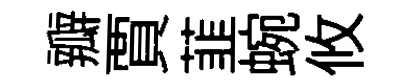
瓣賈韮蜿攸